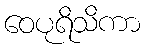
ဝေပုရိသိကာ